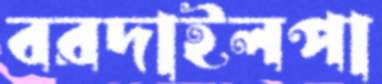
বরদাইলপা